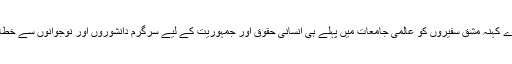
اس مہم میں ہمارے کہنہ مشق سفیروں کو عالمی جامعات میں پہلے ہی انسانی حقوق اور جمہوریت کے لیے سرگرم دانشوروں اور نوجوانوں سے خطاب کرنے چاہئیں۔